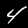
Digit: 4